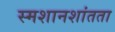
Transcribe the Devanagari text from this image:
स्मशानशांतता